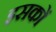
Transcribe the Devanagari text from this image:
इसकों